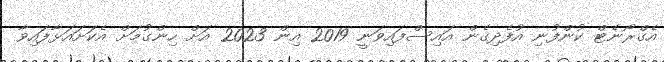
އެގްރޯނެޓް ކުންފުނި އުފެދިގެން އައިސްފައިވަނީ 2019 އިން 2023 އަށް ހިންގުމަށް އެކަށައަޅާފައިވާ